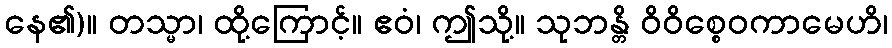
နေ၏)။ တသ္မာ၊ ထို့ကြောင့်။ ဧဝံ၊ ဤသို့။ သုဘန္တိ ဝိဝိစ္စေဝကာမေဟိ၊